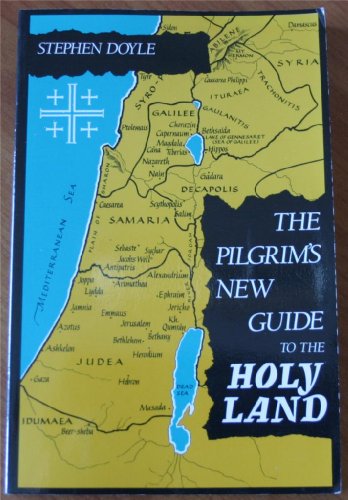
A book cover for The Pilgrim's New Guide to the Holy Land; Stephen Doyle; Travel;